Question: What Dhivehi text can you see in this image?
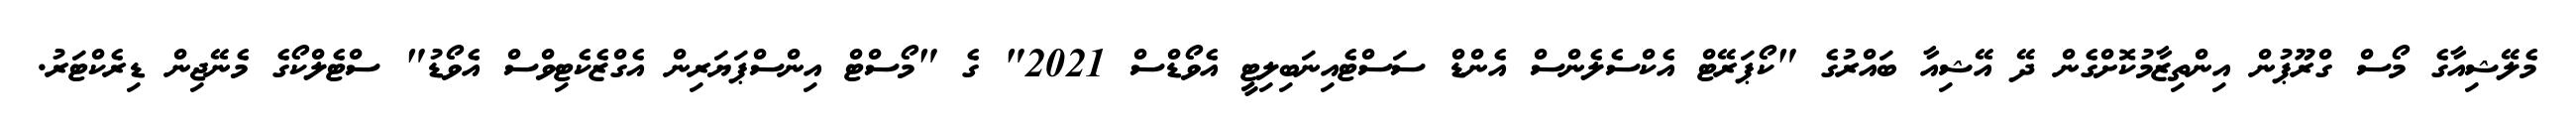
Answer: މެލޭޝިއާގެ މޯސް ގްރޫޕުން އިންތިޒާމުކޮށްގެން ދޭ އޭޝިއާ ބައްރުގެ "ކޯޕަރޭޓް އެކްސެލެންސް އެންޑް ސަސްޓެއިނަބިލިޓީ އެވޯޑްސް 2021" ގެ "މޯސްޓް އިންސްޕަޔަރިން އެގްޒެކެޓިވްސް އެވޯޑު" ސްޓެލްކޯގެ މެނޭޖިން ޑިރެކްޓަރު.